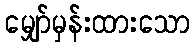
မျှော်မှန်းထားသော